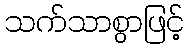
သက်သာစွာဖြင့်